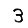
Digit: 3